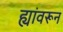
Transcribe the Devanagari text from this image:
ह्यांवरून